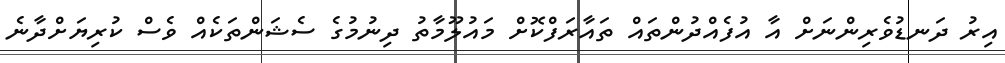
އިރު ދަނޑުވެރިންނަށް އާ އުފެއްދުންތައް ތައާރަފްކޮށް މައުލޫމާތު ދިނުމުގެ ސެޝަންތަކެއް ވެސް ކުރިޔަށްދާނެ